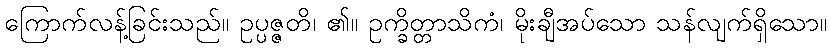
ကြောက်လန့်ခြင်းသည်။ ဥပ္ပဇ္ဇတိ၊ ၏။ ဥက္ခိတ္တာသိကံ၊ မိုးချီအပ်သော သန်လျက်ရှိသော။